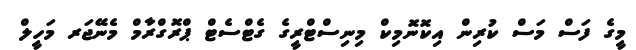
މީގެ ފަސް މަސް ކުރިން އިކޮނޮމިކް މިނިސްޓްރީގެ ގެޓްސެޓް ޕްރޮގްރާމް މެނޭޖަރ މަހީލް